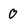
Character: 0